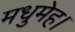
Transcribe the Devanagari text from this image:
मधुमेह।